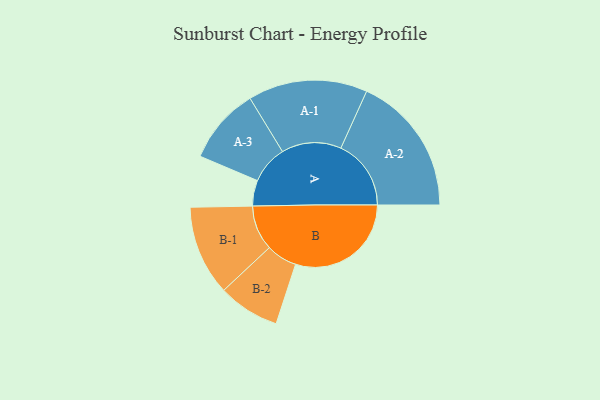
{"axis": {"x": "Segment", "y": "Value"}, "legend": ["", "A", "B"], "data": [{"x": "A", "y": 105, "type": ""}, {"x": "B", "y": 473, "type": ""}, {"x": "A-1", "y": 244, "type": "A"}, {"x": "A-2", "y": 287, "type": "A"}, {"x": "A-3", "y": 156, "type": "A"}, {"x": "B-1", "y": 184, "type": "B"}, {"x": "B-2", "y": 126, "type": "B"}]}